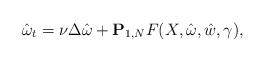
LaTeX: \begin{align*}\hat \omega_t=\nu \Delta \hat \omega + {\bf P}_{1,N} F(X, \hat \omega,\hat w, \gamma),\end{align*}